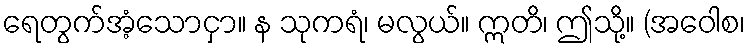
ရေတွက်အံ့သောငှာ။ န သုကရံ၊ မလွယ်။ ဣတိ၊ ဤသို့။ (အဝေါစ၊